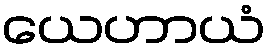
ယေဟာယံ